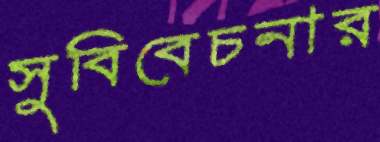
সুবিবেচনার